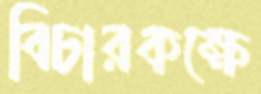
বিচারকক্ষে